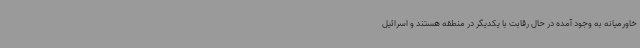
خاورمیانه به وجود آمده در حال رقابت با یکدیگر در منطقه هستند و اسرائیل